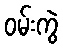
ဝမ်းကွဲ